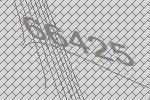
66425